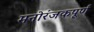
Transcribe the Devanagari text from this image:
मनोरंजकपूर्ण